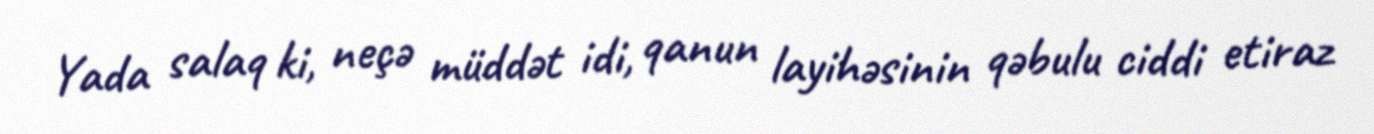
Yada salaq ki, neçə müddət idi, qanun layihəsinin qəbulu ciddi etiraz